Lunatic asylums Central Provinces reports 1895-1909 - 1895-1909
Year: 1895
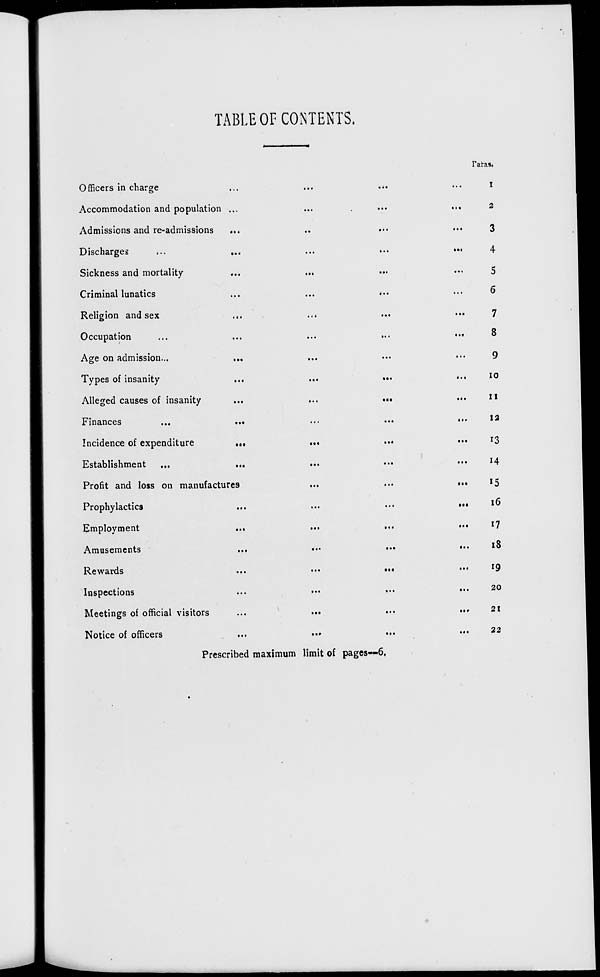
TABLE OF CONTENTS.
Officers in charge ... ... ... ...
Accommodation and population ... ... ... ...
Admissions and re-admissions ... ... ... ...
Discharges ... ... ... ...
Sickness and mortality ... ... ... ...
Criminal lunatics ... ... ... ...
Religion and sex ... ... ... ...
Occupation ... ... ... ...
Age on admission
... ... ... ...
Types of insanity ... ... ... ...
Alleged causes of insanity ... ... ... ...
Finances ... ... ... ...
Incidence of expenditure
...
...
...
...
Establishment ... ... ... ...
Profit and loss on manufactures ... ... ... ...
Prophylactics ... ... ... ...
Employment ... ... ... ...
Amusements ... ... ... ...
Rewards ... ... ... ...
Inspections ... ... ... ...
Meetings of official visitors ... ... ... ...
Notice of officers ... ... ... ...
Paras.
1
2
3
4
5
6
7
8
9
10
11
12
13
14
15
16
17
18
19
20
21
22
Prescribed maximum limit of pages—6.